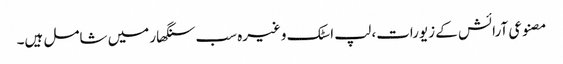
مصنوعی آرائش کے زیورات، لپ اسٹک وغیرہ سب سنگھار میں شامل ہیں۔